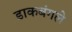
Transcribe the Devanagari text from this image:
डाकबंगले